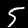
Digit: 5